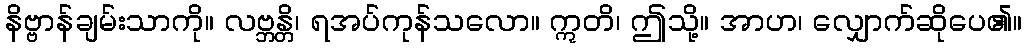
နိဗ္ဗာန်ချမ်းသာကို။ လဗ္ဘန္တိ၊ ရအပ်ကုန်သလော။ ဣတိ၊ ဤသို့။ အာဟ၊ လျှောက်ဆိုပေ၏။